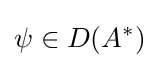
\psi \in D(A^{*})